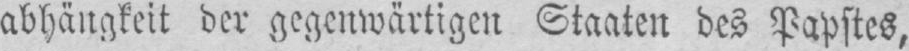
abhängkeit der gegenwärtigen Staaten des Papstes,